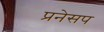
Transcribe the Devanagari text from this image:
प्रनेसप